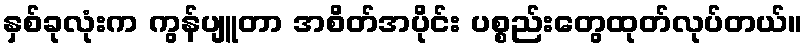
နှစ်ခုလုံးက ကွန်ပျူတာ အစိတ်အပိုင်း ပစ္စည်းတွေထုတ်လုပ်တယ်။